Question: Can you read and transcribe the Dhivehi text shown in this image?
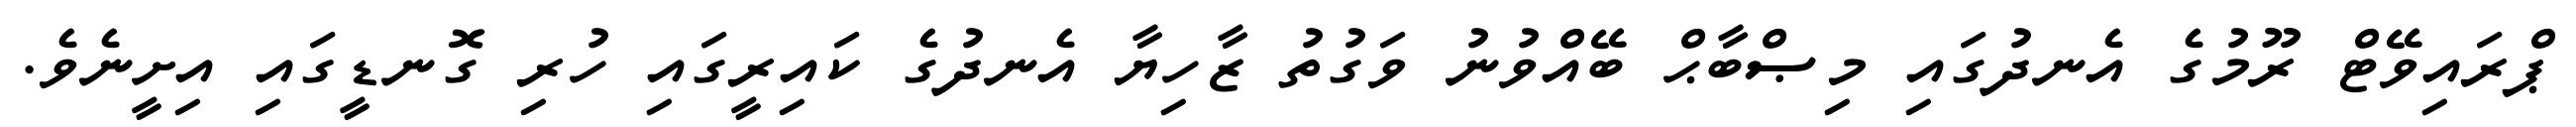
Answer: ޕްރައިވޭޓް ރޫމުގެ އެނދުގައި މިޞްބާޙް ބޭއްވުނު ވަގުތު ޒާހިޔާ އެނދުގެ ކައިރީގައި ހުރި ގޮނޑީގައި އިށީނެވެ.